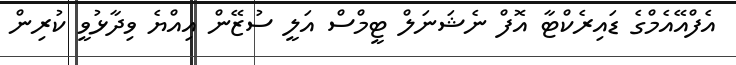
އެފްއޭއެމްގެ ޑައިރެކްޓާ އޮފް ނެޝަނަލް ޓީމްސް އަލީ ސުޒޭން އިއްޔެ ވިދާޅުވީ ކުރިން